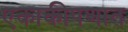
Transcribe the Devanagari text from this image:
एकाकीपणात